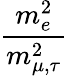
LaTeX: \frac{m_{e}^{2}}{m_{\mu,\tau}^{2}}